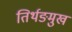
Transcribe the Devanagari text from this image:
तिर्थङमुख